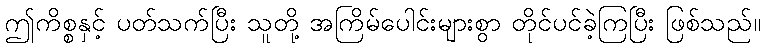
ဤကိစ္စနှင့် ပတ်သက်ပြီး သူတို့ အကြိမ်ပေါင်းများစွာ တိုင်ပင်ခဲ့ကြပြီး ဖြစ်သည်။